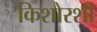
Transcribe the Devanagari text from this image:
किशोरशी